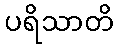
ပရိသာတိ